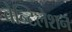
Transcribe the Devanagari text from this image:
वेन्टिलेशन